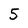
Character: 5